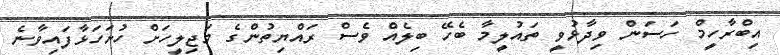
އިބްރާހީމް ހަސަން ވިދާޅުވީ ތައުލީމާ ބެހޭ ބިލެއް ވެސް ރައްޔިތުންގެ މަޖިލީހަށް ހުށަހަޅާފައިވާނެ